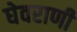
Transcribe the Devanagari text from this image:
घेवराणी